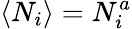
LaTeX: \left\langle N_{i}\right\rangle=N_{i}^{a}